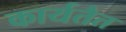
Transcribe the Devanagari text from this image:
कार्यतैत